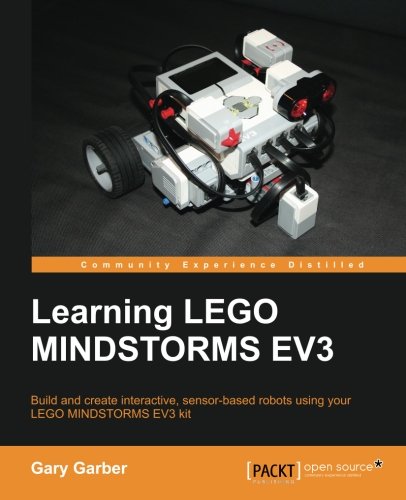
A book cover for Learning LEGO Mindstorms EV3; Gary Garber; Computers & Technology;